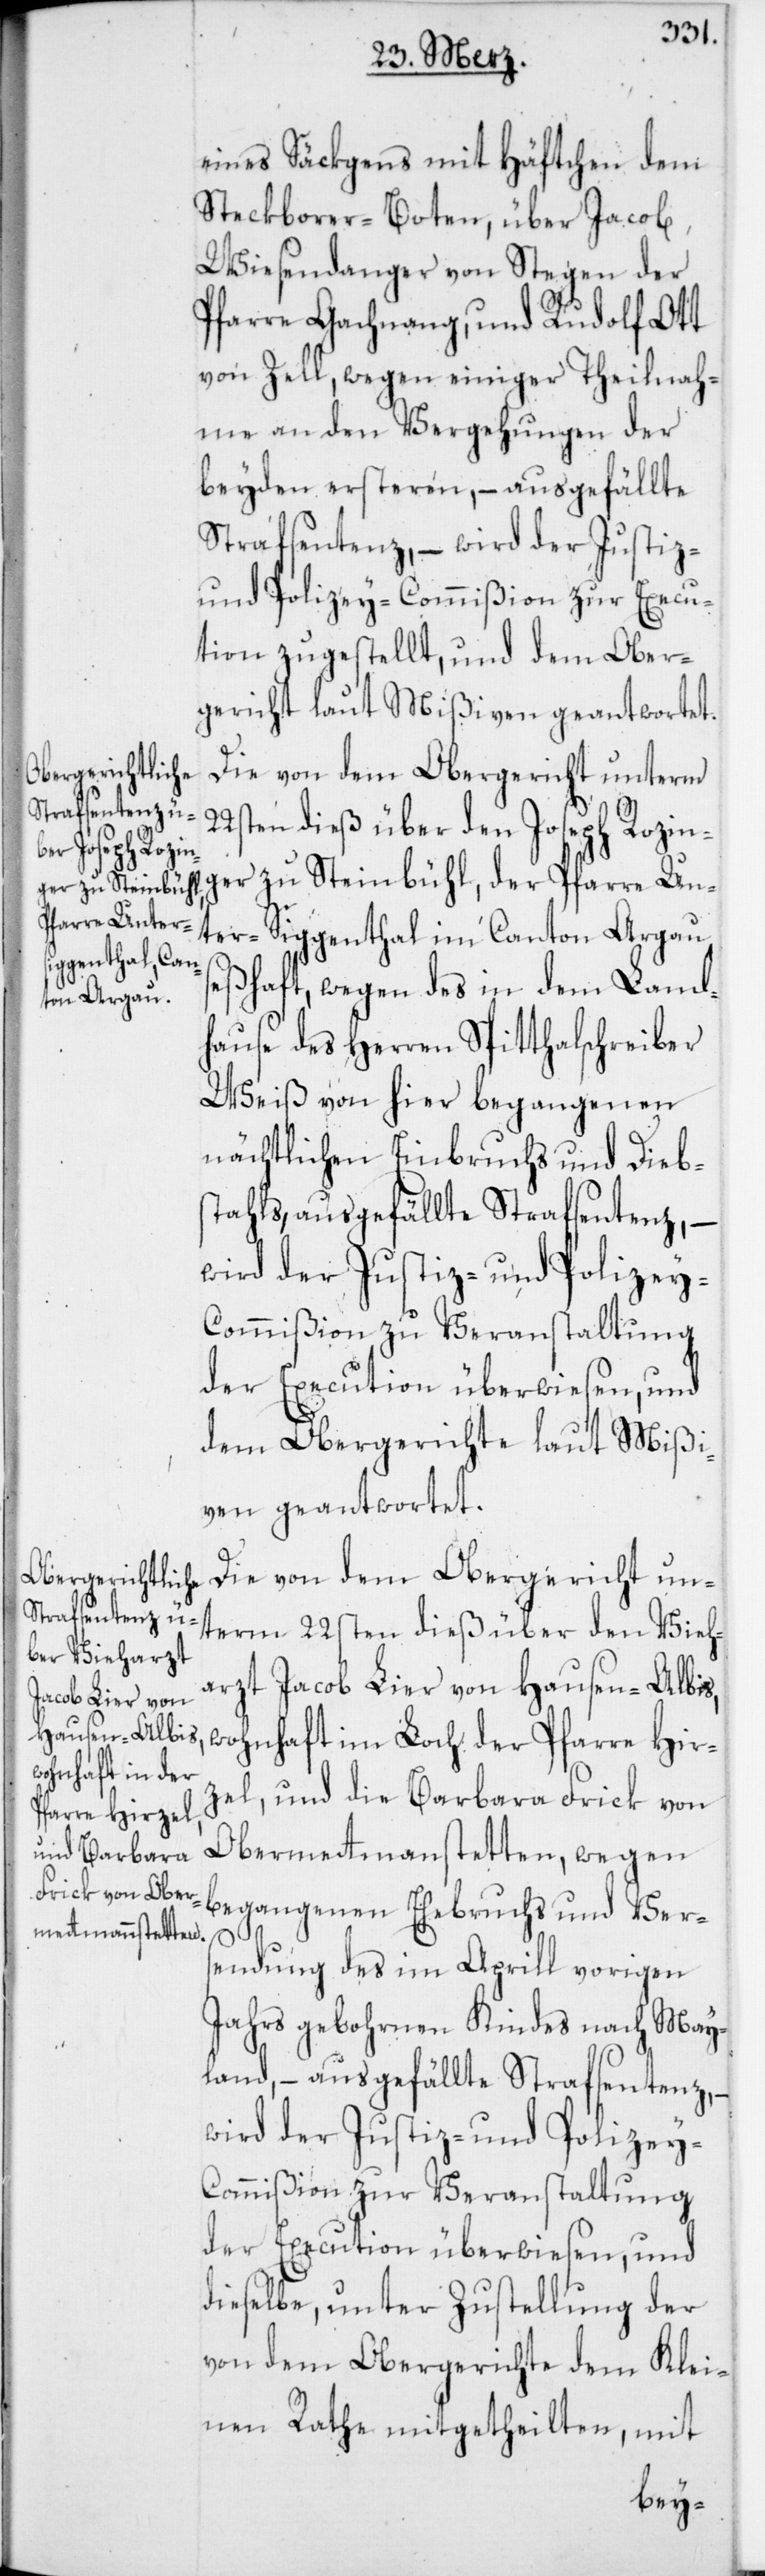
eines Säckgens mit Häftchen dem
Steckborer-Boten; über Jacob,
Wiesendanger von Stegen der
Pfarre Gachnang, und Rudolf Ott
von Zell, wegen einiger Theilnah¬
me an den Vergehungen der
beyden ersteren, – ausgefällte
Strafsentenz, – wird der Justiz-
und Polizey-Commißion zur Execu¬
tion zugestellt, und dem Ober¬
gericht laut Mißiven geantwortet.
Die von dem Obergericht unterm
22sten dieß über den Joseph Rozin¬
ger zu Steinbühl, der Pfarre Un¬
ter-Siggenthal im Canton Argau
seßhaft, wegen des in dem Land¬
hause des Herren Spitthalschreiber
Weiß von hier begangenen
nächtlichen Einbruchs und Diebs¬
tahls, ausgefällte Strafsentenz,
wird der Justiz- und Polizey-C¬
ommißion zu Veranstaltung
der Execution überwiesen, und
dem Obergerichte laut Mißi¬
ven geantwortet.
Die von dem Obergericht un¬
term 22sten dieß über den Vieh¬
arzt Jacob Lier von Hausen-Albis,
wohnhaft im Loch der Pfarre Hir¬
zel, und die Barbara Frick von
Obermetmanstetten, wegen
begangenen Ehebruchs und Ver¬
sendung des im Aprill vorigen
Jahrs gebohrnen Kindes nach May¬
land, – ausgefällte Strafsentenz, –
wird der Justiz- und Polizey-C¬
ommißion zur Veranstaltung
dieselbe, unter Zustellung der
von dem Obergerichte dem Klei¬
nen Rathe mitgetheilten, mit